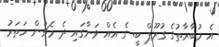
އެ މުބާރާތުގެ ގުރޫޕް ބީ ގެ އެއް ވަނާގައި ދެ މެޗުން ހަތަރު